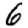
Digit: 6